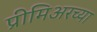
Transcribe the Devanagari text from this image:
प्रीमिअरच्या